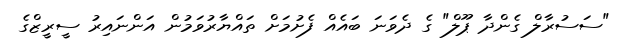
"ސަސުރާލް ގެންދާ ޕޫލް" ގެ ދެވަނަ ބައެއް ފެށުމަށް ތައްޔާރުވަމުން އަންނައިރު ސީރީޒްގެ